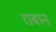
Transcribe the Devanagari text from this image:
रावान